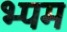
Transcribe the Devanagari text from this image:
भ्पम